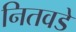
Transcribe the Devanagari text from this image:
नितवडे